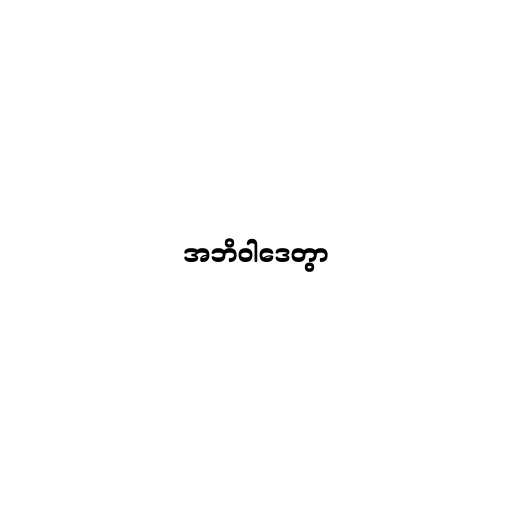
အဘိဝါဒေတွာ